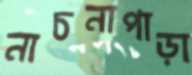
নাচনাপাড়া